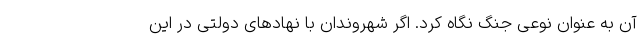
آن به عنوان نوعی جنگ نگاه کرد. اگر شهروندان با نهاد‌های دولتی در این